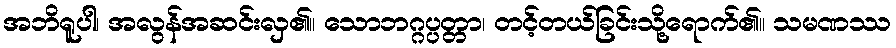
အဘိရူပါ၊ အလွန်အဆင်းလှ၏။ သောဘဂ္ဂပ္ပတ္တာ၊ တင့်တယ်ခြင်းသို့ရောက်၏။ သမဏဿ